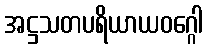
အဋ္ဌသတပရိယာယဝဂ္ဂေါ